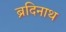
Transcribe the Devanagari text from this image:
ब्रदिनाथ